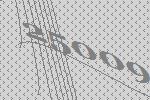
25009